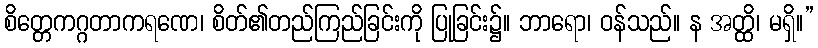
စိတ္တေကဂ္ဂတာကရဏေ၊ စိတ်၏တည်ကြည်ခြင်းကို ပြုခြင်း၌။ ဘာရော၊ ဝန်သည်။ န အတ္ထိ၊ မရှိ။”